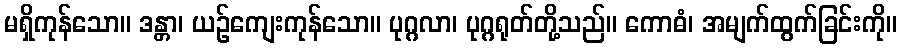
မရှိကုန်သော။ ဒန္တာ၊ ယဉ်ကျေးကုန်သော။ ပုဂ္ဂလာ၊ ပုဂ္ဂရုတ်တို့သည်။ ကောဓံ၊ အမျက်ထွက်ခြင်းကို။